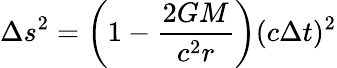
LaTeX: \Delta s^{2}=\left(1-{\frac{2GM}{c^{2}r}}\right)(c\Delta t)^{2}